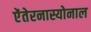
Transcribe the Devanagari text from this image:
ऐंतेरनास्योनाल